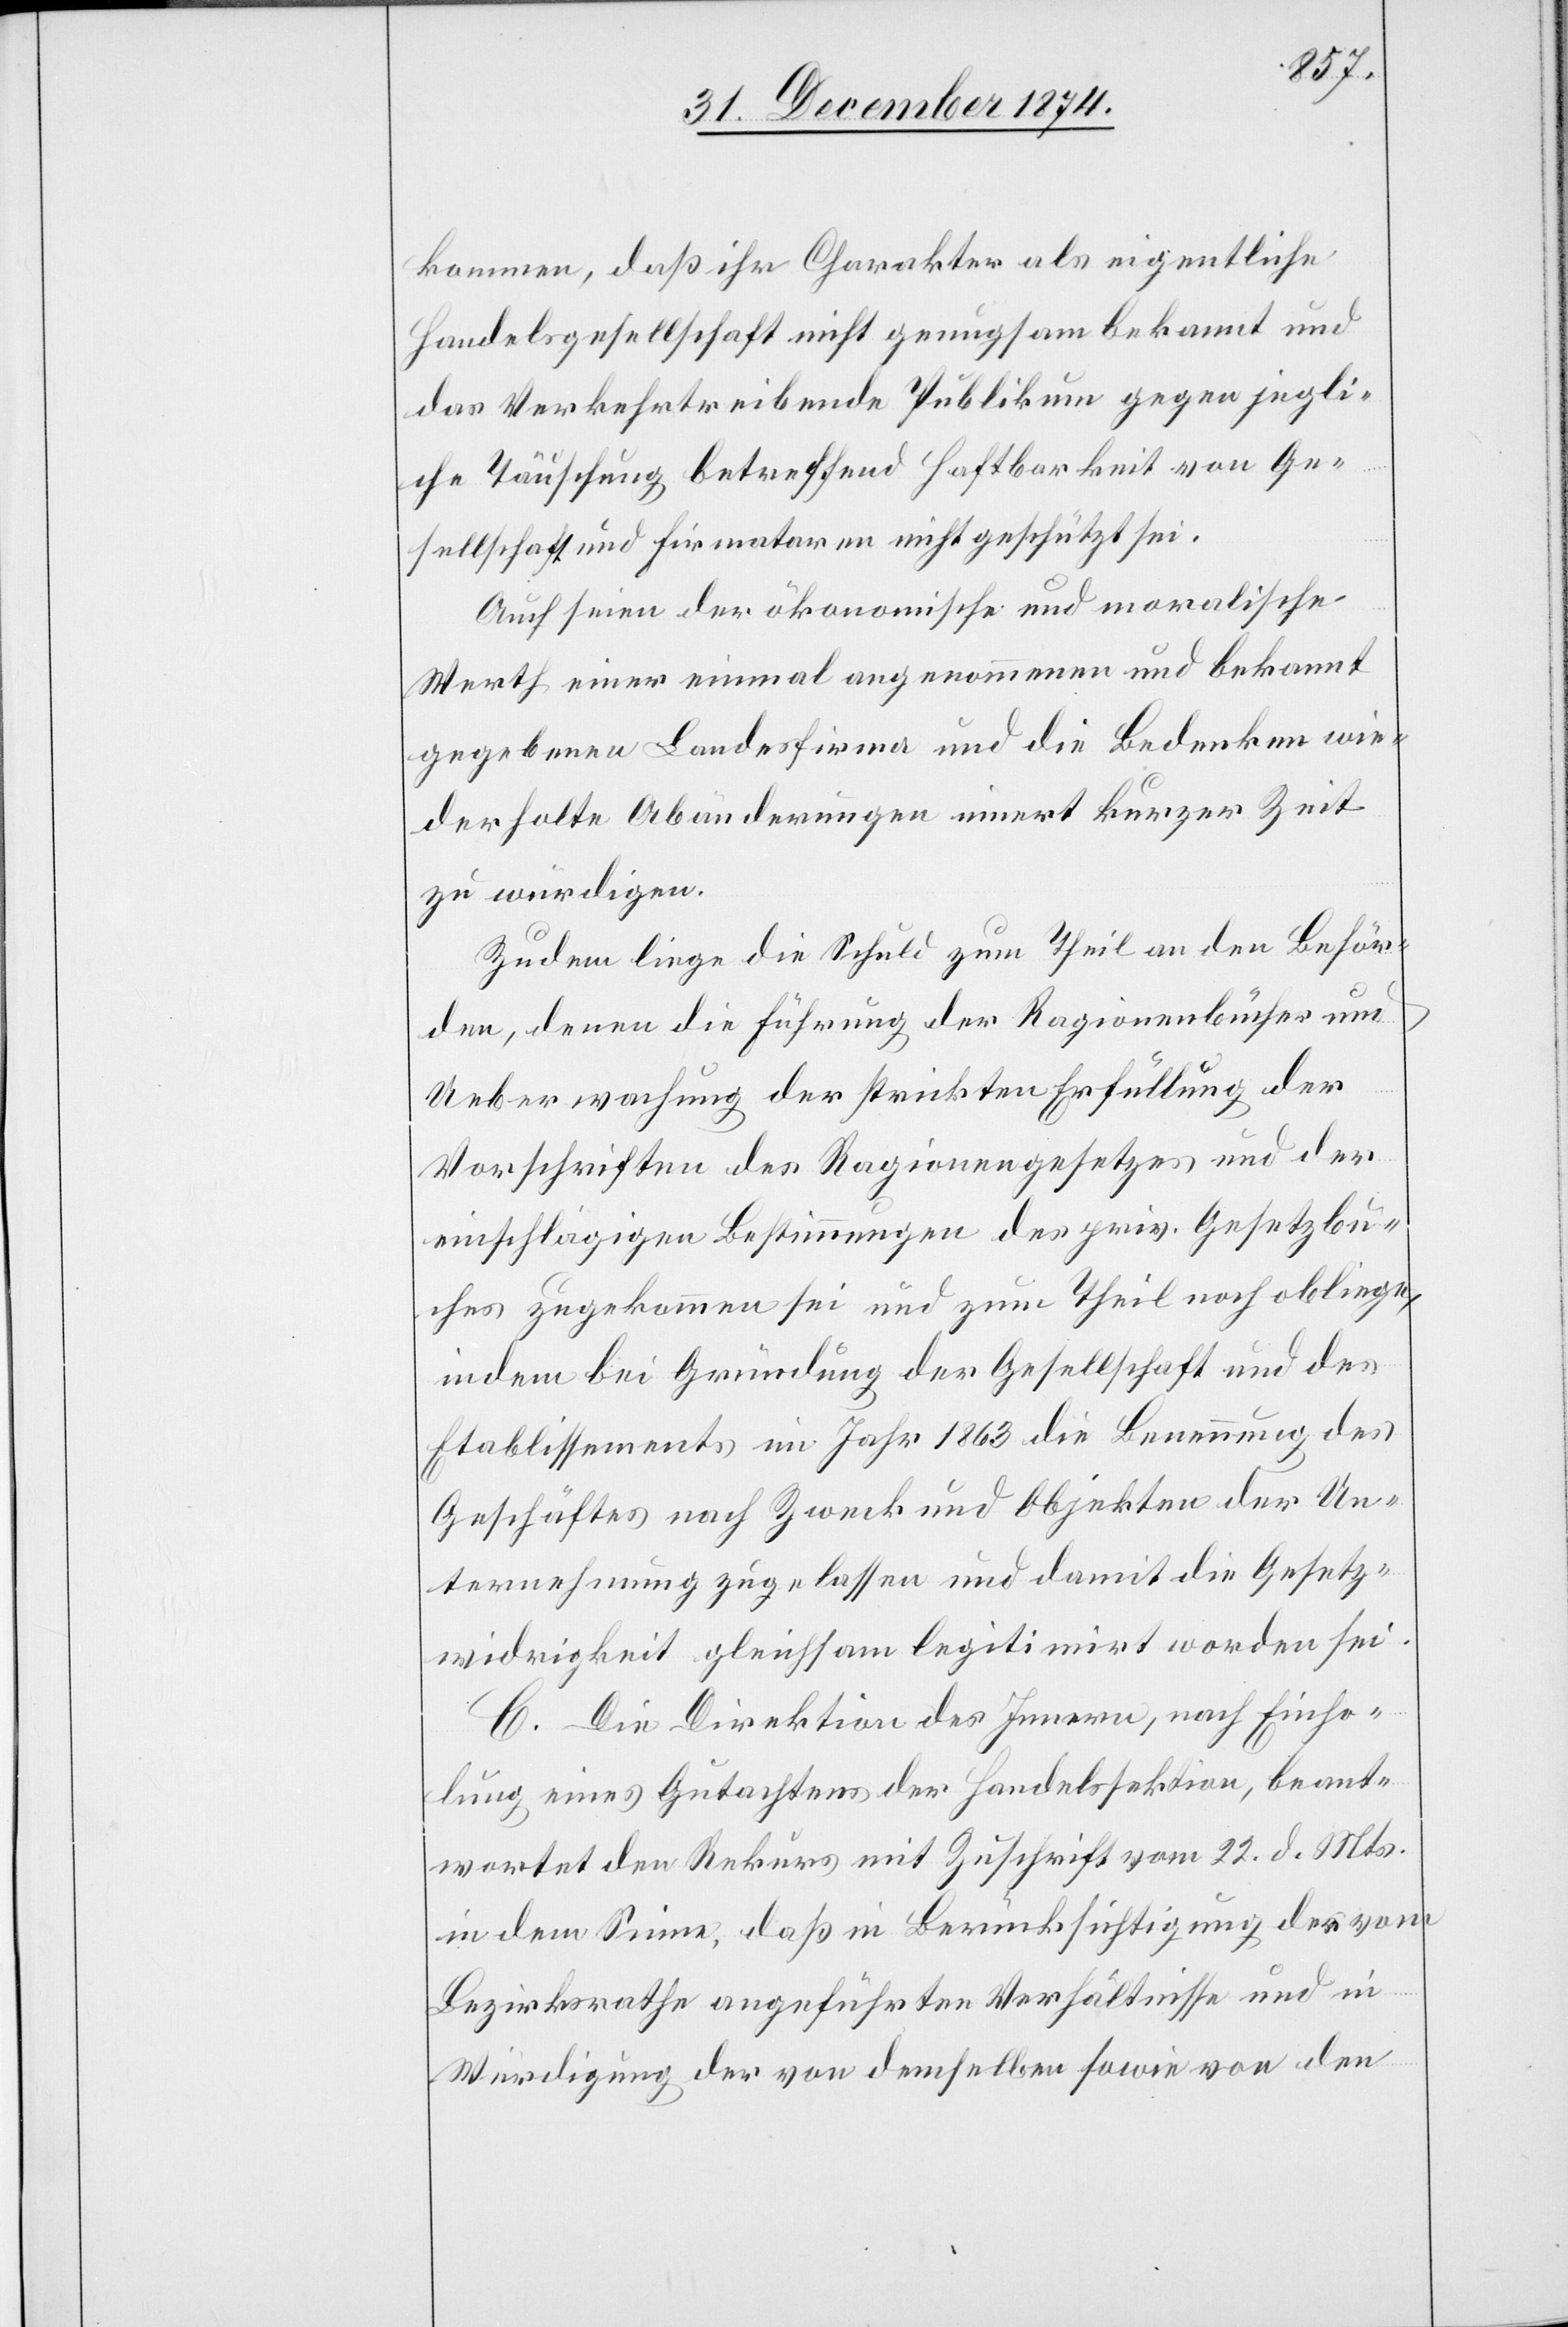
kommen, daß ihre Charakter als eigentliche
Handelsgesellschaft nicht genugsam bekannt und
das Verkehrtreibende Publikum gegen jegli¬
che Täuschung betreffend Haftbarkeit von Ge¬
sellschaft und Firmataren [sic!] nicht geschützt sei.
Auch seien der ökonomische und moralische
Werth einer einmal angenommenen und bekannt
gegebenen Landesfirma und die Bedenken wie¬
derholte Abänderungen innert kurzer Zeit
zu würdigen.
Zudem liege die Schuld zum Theil an den Behör¬
den, denen die Führung der Ragionenbücher und
Ueberwachung der strickten Erfüllung der
Vorschriften des Ragionengesetzes und der
einschlägigen Bestimmungen des priv. Gesetzbu¬
ches zugekommen sei und zum Theil noch obliege,
indem bei Gründung der Gesellschaft und des
Etablissements im Jahr 1863 die Benennung des
Geschäftes nach Zweck und Objekten der Un¬
ternehmung zugelassen und damit die Gesetz¬
widrigkeit gleichsam legitimirt worden sei.
C. Die Direktion des Innern, nach Einho¬
lung eines Gutachtens der Handelssektion, beant¬
wortet den Rekurs mit Zuschrift vom 22. d. Mts.
in dem Sinne, daß in Berücksichtigung der vom
Bezirksrathe angeführten Verhältnisse und in
Würdigung der von demselben sowie von den